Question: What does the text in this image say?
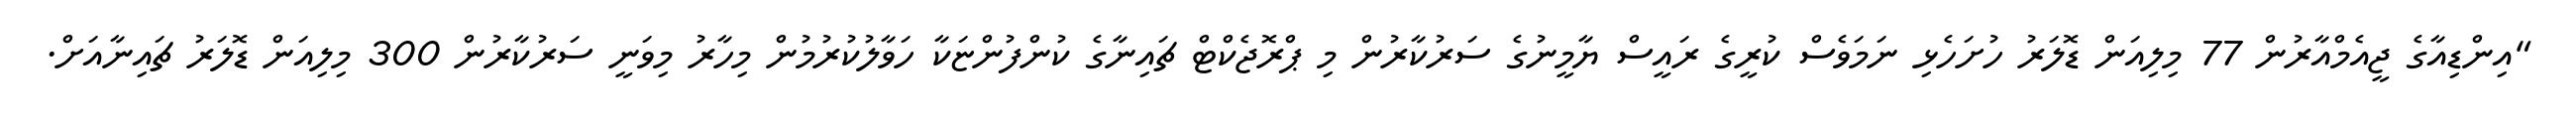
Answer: "އިންޑިއާގެ ޖީއެމްއާރުން 77 މިލިއަން ޑޮލަރު ހުށަހެޅި ނަމަވެސް ކުރީގެ ރައީސް ޔާމީނުގެ ސަރުކާރުން މި ޕްރޮޖެކްޓް ޗައިނާގެ ކުންފުންޏަކާ ހަވާލުކުރުމުން މިހާރު މިވަނީ ސަރުކާރުން 300 މިލިއަން ޑޮލަރު ޗައިނާއަށް.